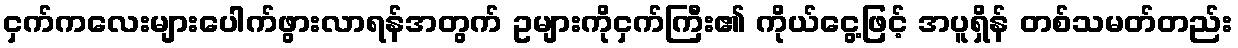
ငှက်ကလေးများပေါက်ဖွားလာရန်အတွက် ဥများကိုငှက်ကြီး၏ ကိုယ်ငွေ့ဖြင့် အပူရှိန် တစ်သမတ်တည်း